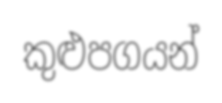
කුළුපගයන්